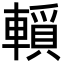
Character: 𨎘